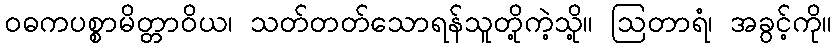
ဝဓကပစ္စာမိတ္တာဝိယ၊ သတ်တတ်သောရန်သူတို့ကဲ့သို့။ ဩတာရံ၊ အခွင့်ကို။